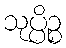
သုပ္ပိဉ္စ